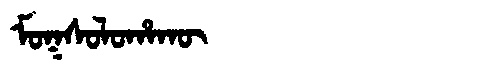
Manchu: ᠮᠣᡴᠰᠣᠯᠣᡥᠠᡴᡡ
Romanization: MOKSOLOHAKŪ